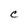
Character: C